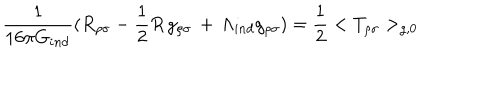
LaTeX: { \frac { 1 } { 1 6 \pi G _ { i n d } } } ( R _ { \rho \sigma } - { \frac { 1 } { 2 } } R \, g _ { \rho \sigma } \, + \, \Lambda _ { i n d } g _ { \rho \sigma } ) = { \frac { 1 } { 2 } } < T _ { \rho \sigma } > _ { g , 0 }